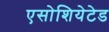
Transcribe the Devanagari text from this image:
एसोशियेटेड